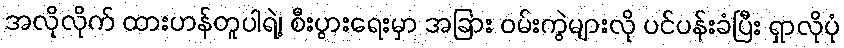
အလိုလိုက် ထားဟန်တူပါရဲ့၊ စီးပွားရေးမှာ အခြား ဝမ်းကွဲများလို ပင်ပန်းခံပြီး ရှာလိုပုံ